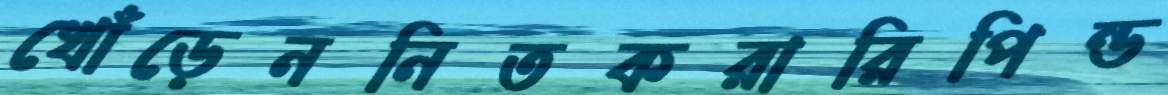
খোঁড়েননিতকরারিপিন্ড